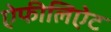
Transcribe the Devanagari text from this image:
ऐफीलिऐट